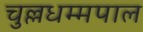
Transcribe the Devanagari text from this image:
चुल्लधम्मपाल